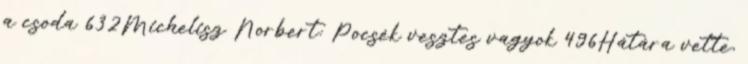
a csoda 632Michelisz Norbert: Pocsék vesztes vagyok 496Hátára vette,